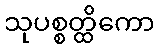
သုပစ္စတ္ထိကော